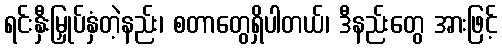
ရင်းနှီးမြှုပ်နှံတဲ့နည်း၊ စတာတွေရှိပါတယ်၊ ဒီနည်းတွေ အားဖြင့်